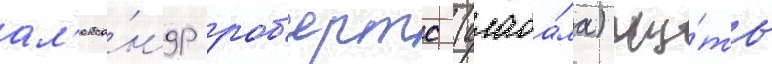
ал'екса́ндр роб'ертс (алаба́ма) чу́ть